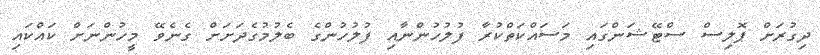
ދިގުރަށް ޕޮލިސް ސްޓޭޝަންގައި މަސައްކަތްކުރާ ފުލުހުންނާއި ފުލުހުންގެ ބެލުމުގެދަށަށް ގެނެވޭ މީހުންނަށް ކައްކައި